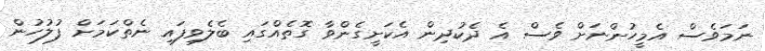
ނަމަވެސް އެމީހުންނަށް ވެސް އެ ދެކުދިން އެކަށީގެންވާ ގޮތެއްގައި ބެލެވިފައި ނެތްކަމަށް ފުލުހުން